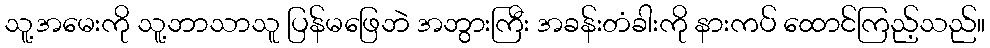
သူ့အမေးကို သူ့ဘာသာသူ ပြန်မဖြေဘဲ အဘွားကြီး အခန်းတံခါးကို နားကပ် ထောင်ကြည့်သည်။